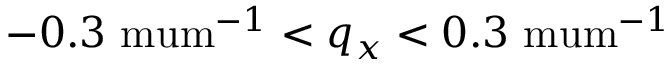
- 0 . 3 \mathrm { \ m u m } ^ { - 1 } < q _ { x } < 0 . 3 \mathrm { \ m u m } ^ { - 1 }